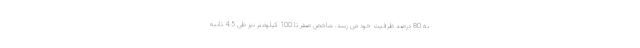
به 80 درصد ظرفیت خود می رسد. شاخص صفر تا 100 کیلومتر نیز طی 4.5 ثانیه